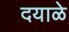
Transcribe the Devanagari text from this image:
दयाळे